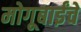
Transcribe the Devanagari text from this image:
मोगूबाईंचे